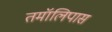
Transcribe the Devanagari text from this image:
तमॉलिपास